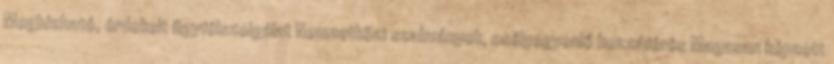
Megbízható, érdekelt ügyfélszolgálat Nemzetközi szabványok, esélyegyenlő hozzáférés Magasan képzett